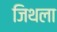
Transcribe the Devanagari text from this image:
जिथला